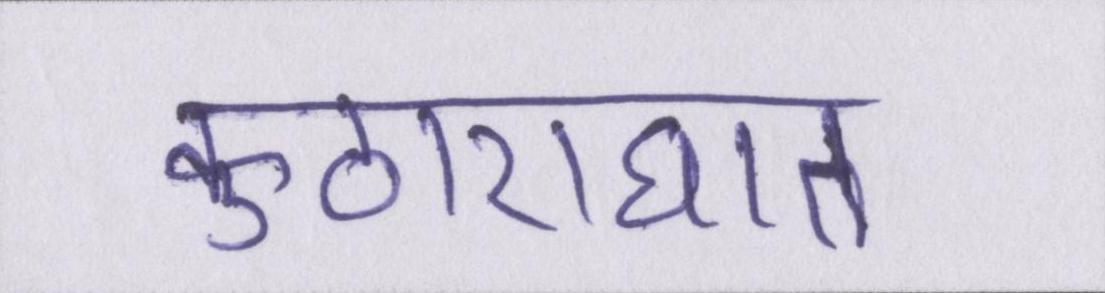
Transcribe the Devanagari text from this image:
कुठाराघात